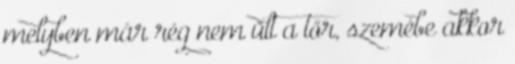
melyben már rég nem ült a tőr, szemébe akkor